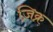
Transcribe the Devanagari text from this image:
ज़िक्र